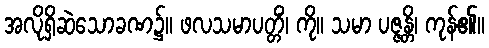
အလိုရှိဆဲသောခဏ၌။ ဖလသမာပတ္တိံ၊ ကို။ သမာ ပဇ္ဇန္တိ၊ ကုန်၏။